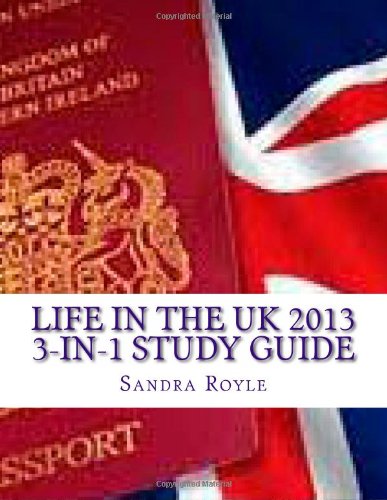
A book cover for Life in the UK 2013 3-in-1 Study Guide; Ms Sandra Royle; Test Preparation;